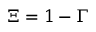
\Xi = 1 - \Gamma